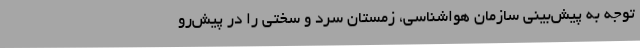
توجه به پیش‌بینی سازمان هواشناسی، زمستان سرد و سختی را در پیش‌رو